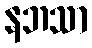
နဘသာ